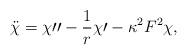
LaTeX: \begin{align*}\ddot{\chi }=\chi \prime \prime -\frac{1}{r}\chi \prime -\kappa ^{2}F^{2}\chi ,\end{align*}